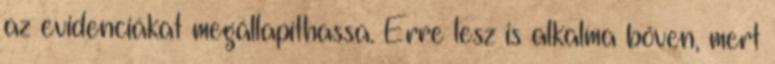
az evidenciákat megállapíthassa. Erre lesz is alkalma bőven, mert